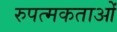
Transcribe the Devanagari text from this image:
रुपत्मकताओं